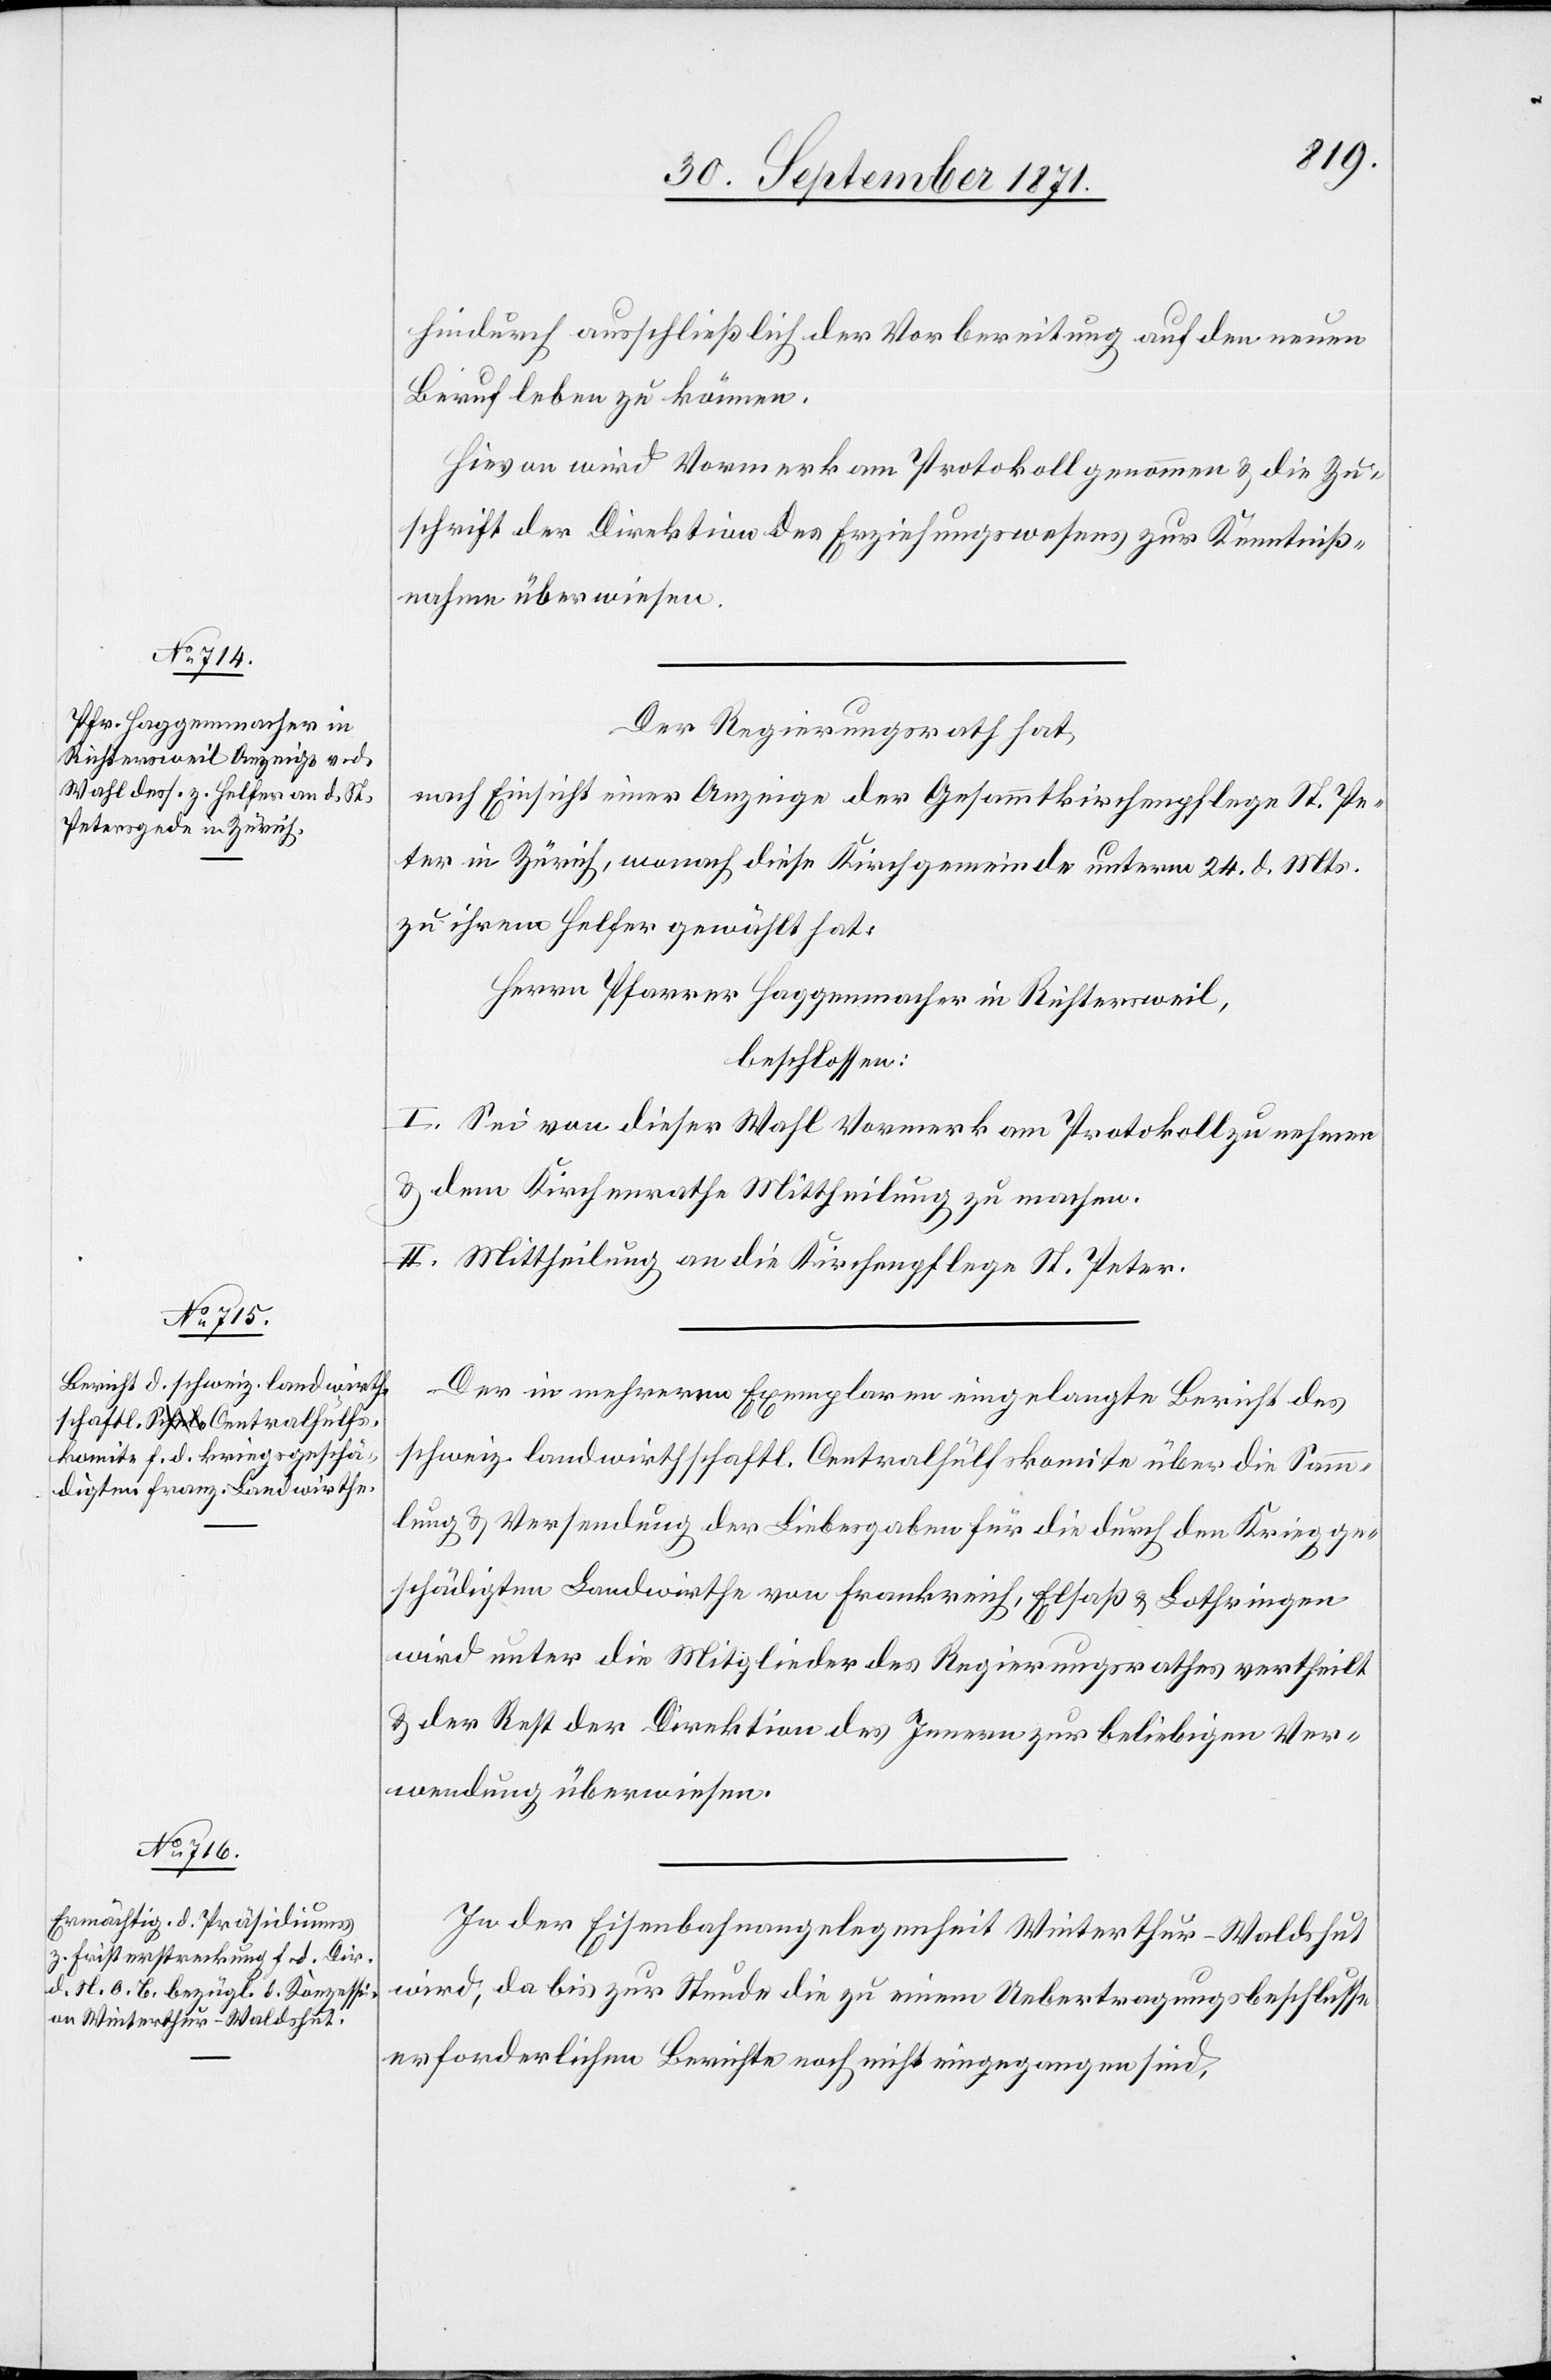
hindurch ausschließlich der Vorbereitung auf den neuen
Beruf leben zu können.
Hievon wird Vormerk am Protokoll genommen & die Zu¬
schrift der Direktion des Erziehungswesens zur Kenntniß¬
nahme überwiesen.
Der Regierungsrath hat,
nach Einsicht einer Anzeige der Gesammtkirchenpflege St. Pe¬
ter in Zürich, wonach diese Kirchgemeinde unterm 24. d. Mts.
zu ihrem Helfer gewählt hat:
Herrn Pfarrer Haggenmacher in Richtersweil,
beschlossen:
I. Sei von dieser Wahl Vormerk am Protokoll zu nehmen
& dem Kirchenrathe Mittheilung zu machen.
II. Mittheilung an die Kirchenpflege St. Peter.
Der in mehreren Exemplaren eingelangte Bericht des
schweiz. landwirtschaftl. Centralhülfskomite über die Samm¬
lung & Versendung der Liebesgaben für die durch den Krieg ge¬
schädigten Landwirthe von Frankreich, Elsaß & Lothringen
wird unter die Mitglieder des Regierungsrathes vertheilt
& der Rest der Direktion des Innern zur beliebigen Ver¬
wendung überwiesen.
In der Eisenbahnangelegenheit Winterthur–Waldshut
wird, da bis zur Stunde die zu einem Uebertragungsbeschlusse
erforderlichen Berichte noch nicht eingegangen sind,